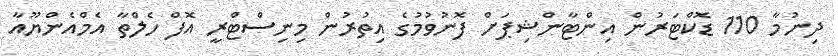
ދިނުމާ 110 ޑޮކްޓަރުން އިންޓާންޝިޕަށް ފޮނުވުމުގެ އިތުރުން މިނިސްޓްރީ އޮފް ހެލްތާ އެމްއެންޔޫއާ